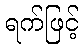
ရက်ဖြင့်